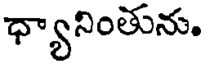
ధ్యానింతును.